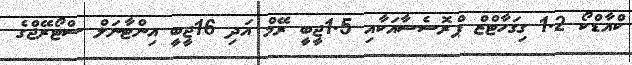
ކްއާޑްކޯ 1.2 ގިގަހާޓްޒް ޕްރޮސެސާއަކާއި 1.5ޖީބީ ރޭމް އަދި 16ޖީބީ އިންޓާނަލް ސްޓޯރޭޖްގެ